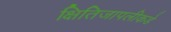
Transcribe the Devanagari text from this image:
क्षितिजापलीकडे